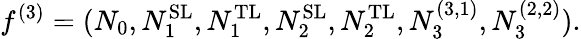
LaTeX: f^{(3)}=(N_{0},N_{1}^{\mathrm{SL}},N_{1}^{\mathrm{TL}},N_{2}^{\mathrm{SL}},N_{2}^{\mathrm{TL}},N_{3}^{(3,1)},N_{3}^{(2,2)}).